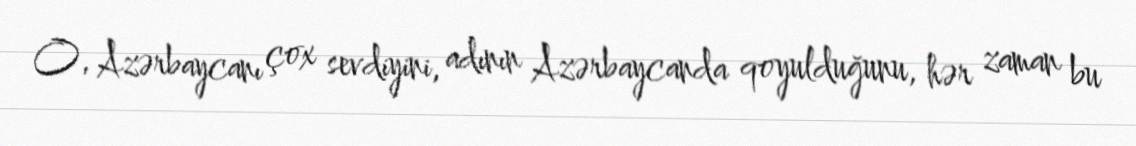
O, Azərbaycanı çox sevdiyini, adının Azərbaycanda qoyulduğunu, hər zaman bu